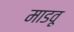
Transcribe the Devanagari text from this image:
माडवू